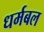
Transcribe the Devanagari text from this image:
धर्मबल